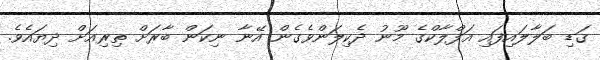
ގަޑި ބަލާލައިފައި އަފްލާކްގެ މޫނު ދެކިލަންވެގެން އޭނާ ނިކަން ބާރަށް ތިރިއަށް ދިޔައެވެ.